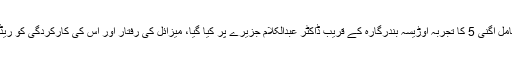
جدید جوہری صلاحیت کے حامل اگنی 5 کا تجربہ اوڑیسہ بندرگارہ کے قریب ڈاکٹر عبدالکلام جزیرے پر کیا گیا، میزائل کی رفتار اور اس کی کارکردگی کو ریڈار کی مدد سے مانیٹر کیا گیا۔